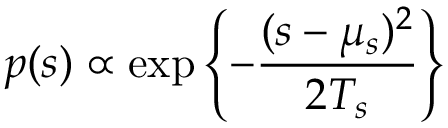
p ( s ) \propto \exp \left\{ - \frac { ( s - \mu _ { s } ) ^ { 2 } } { 2 T _ { s } } \right\}